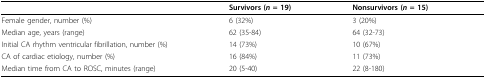
<table><thead><tr><td></td><td><b>Survivors (<i>n </i>= 19)</b></td><td><b>Nonsurvivors (<i>n </i>= 15)</b></td></tr></thead><tbody><tr><td>Female gender, number (%)</td><td>6 (32%)</td><td>3 (20%)</td></tr><tr><td>Median age, years (range)</td><td>62 (35-84)</td><td>64 (32-73)</td></tr><tr><td>Initial CA rhythm ventricular fibrillation, number (%)</td><td>14 (73%)</td><td>10 (67%)</td></tr><tr><td>CA of cardiac etiology, number (%)</td><td>16 (84%)</td><td>11 (73%)</td></tr><tr><td>Median time from CA to ROSC, minutes (range)</td><td>20 (5-40)</td><td>22 (8-180)</td></tr></tbody></table>